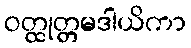
ဝတ္ထုတ္တမဒါယိကာ